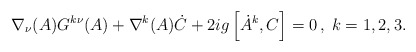
\begin{align*}\nabla_{\nu}(A)G^{k\nu}(A) + \nabla^{k}(A)\dot{C} + 2ig \left [ \dot{A}^{k}, C \right ] = 0\,,\; k =1,2,3.\end{align*}